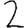
Digit: 2